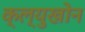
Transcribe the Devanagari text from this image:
क्ल्युखोन